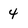
Character: 4